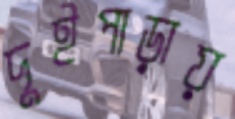
দুইপাড়ায়